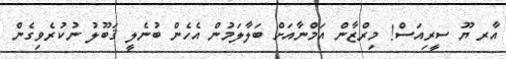
އާރ ޔޫ ސީރިއަސް! މިރްޒާން އަމްނާއަށް ބަލާލަމުން އެހެން ބުނެލީ ޤަބޫލު ނުކުރެވިގެން